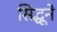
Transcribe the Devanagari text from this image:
सिद्धूने